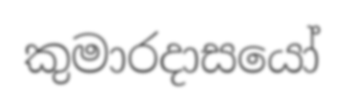
කුමාරදාසයෝ